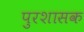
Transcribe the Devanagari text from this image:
पुरशासक